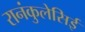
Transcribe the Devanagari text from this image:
रानंकुलेसिई